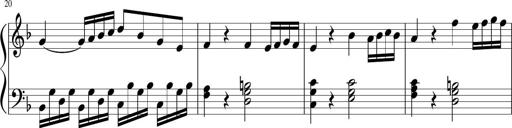
Title: Sonatina for Piano, WoO 50
Composer: Ludwig van Beethoven
Key: F major